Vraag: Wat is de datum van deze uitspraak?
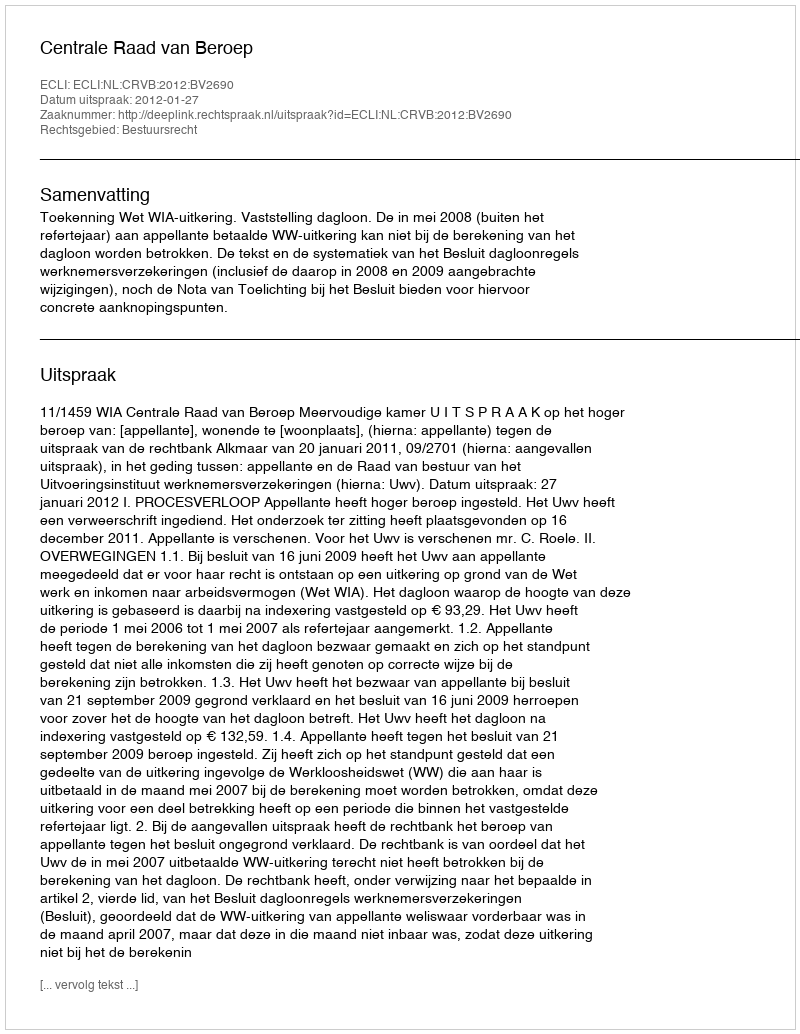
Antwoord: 2012-01-27